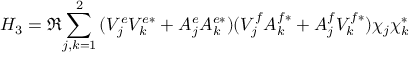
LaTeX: H _ { 3 } = \Re { \sum _ { j , k = 1 } ^ { 2 } { ( V _ { j } ^ { e } V _ { k } ^ { e * } + A _ { j } ^ { e } A _ { k } ^ { e * } ) ( V _ { j } ^ { f } A _ { k } ^ { f * } + A _ { j } ^ { f } V _ { k } ^ { f * } ) \chi _ { j } \chi _ { k } ^ { * } } }